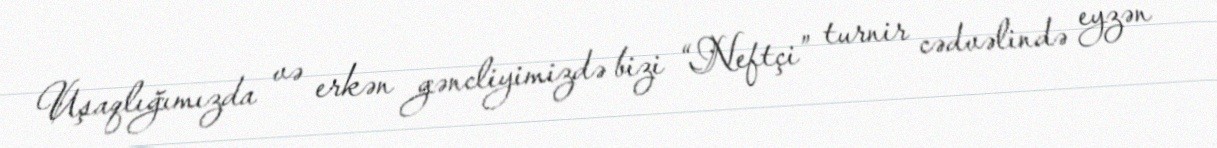
Uşaqlığımızda və erkən gəncliyimizdə bizi “Neftçi” turnir cədvəlində eyzən